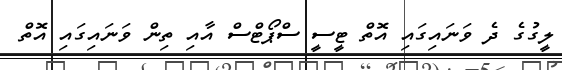
ލީގުގެ ދެ ވަނައިގައި އޮތް ޓީސީ ސްޕޯޓްސް އާއި ތިން ވަނައިގައި އޮތް